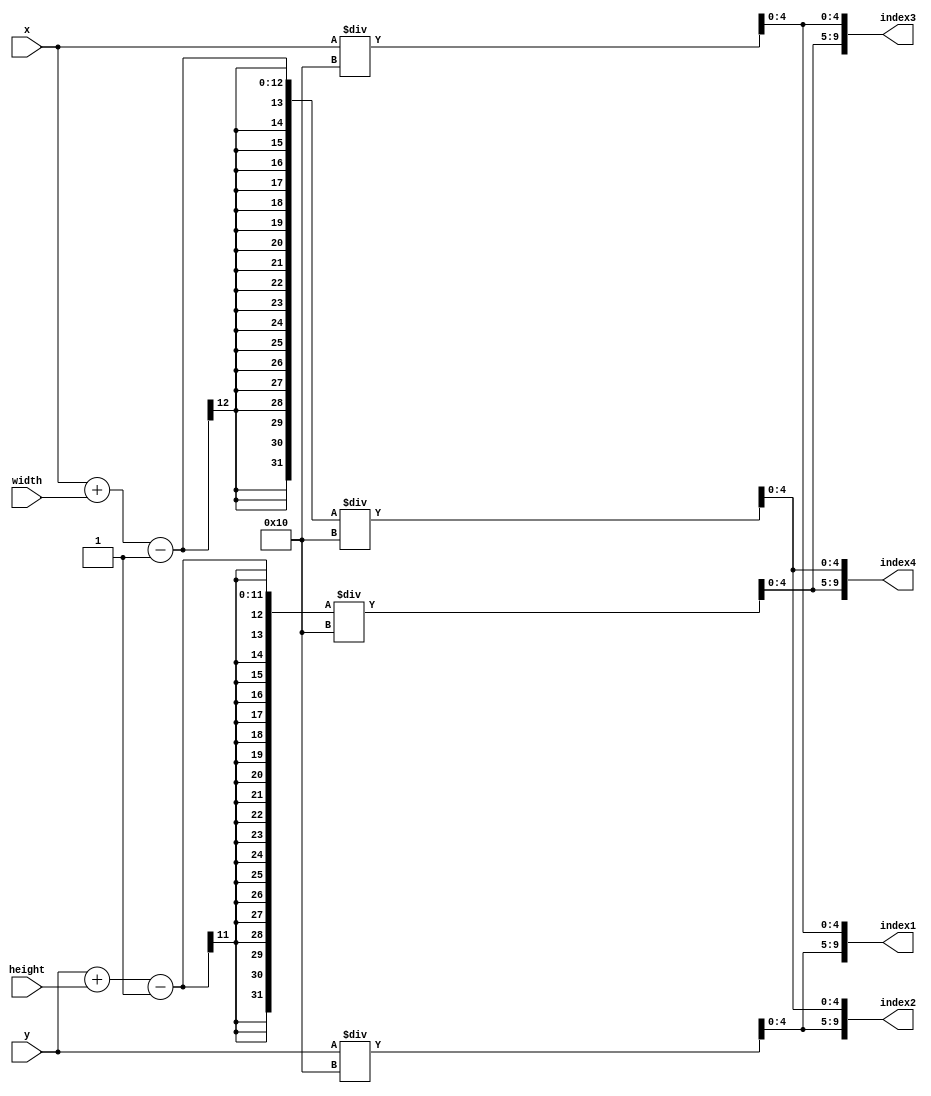
`timescale 1ns / 1ps
//////////////////////////////////////////////////////////////////////////////////
// Company: 
// Engineer: 
// 
// Design Name: 
// Module Name: get_indicies
// Project Name: 
// Target Devices: 
// Tool Versions: 
// Description: 
// 
// Dependencies: 
// 
// Revision:
// Revision 0.01 - File Created
// Additional Comments:
// 
//////////////////////////////////////////////////////////////////////////////////


module get_indicies(
    input [10:0] x,
    input [9:0] y,
    input [7:0] width,
    input [7:0] height,
    output [9:0] index1,
    output [9:0] index2,
    output [9:0] index3,
    output [9:0] index4
    );
    
    assign index1[4:0] = x/16;
    assign index1[9:5] = y/16;
    assign index2[4:0] = (x+width-1)/16;
    assign index2[9:5] = y/16;
    assign index3[4:0] = x/16;
    assign index3[9:5] = (y+height-1)/16;
    assign index4[4:0] = (x+width-1)/16;
    assign index4[9:5] = (y+height-1)/16;
    
endmodule